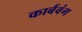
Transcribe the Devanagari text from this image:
कार्बवंग